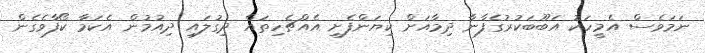
ނަމަވެސް އެމީހަކު އަބޫބަކުރުގެފާނާ ދިމާއަށް ކިޔަންފެށި އެއްޗެހިތައް ދިގުލައި ދިއުމުން އެކަމާ ކޯފާވެގެން